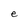
Character: e